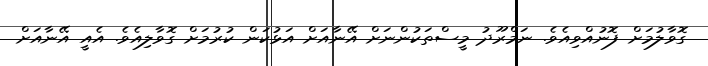
ގޮވާލުމަށް ފޮނުއްވިއެވެ. ނަމްރޫދު މީސްތަކުންނަށް އޭނާއަށް އަޅުކަން ކުރުމަށް ގޮވާލިއެވެ. އެއީ އޭނާއަށް